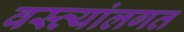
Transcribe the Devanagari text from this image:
वस्त्यांलगत